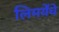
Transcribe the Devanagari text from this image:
लिमयेंंचे